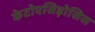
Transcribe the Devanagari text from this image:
केटोएसिड़ोसिस